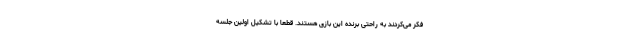
فکر می‌کردند به راحتی برنده این بازی هستند. قطعا با تشکیل اولین جلسه